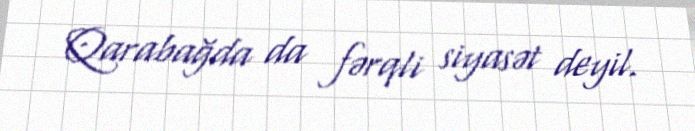
Qarabağda da fərqli siyasət deyil.